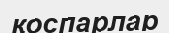
қоспарлар